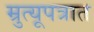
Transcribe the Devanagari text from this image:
म्रुत्यूपत्रात